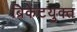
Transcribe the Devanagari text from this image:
ब्रिकेटयुक्त